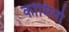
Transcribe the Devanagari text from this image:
कोमिनो